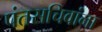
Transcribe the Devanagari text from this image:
पंतसचिवांना